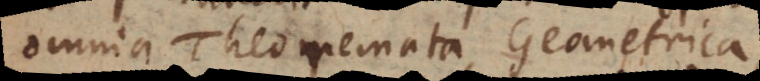
omnia Theoremata Geometrica,